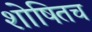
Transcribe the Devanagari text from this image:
शोषितच